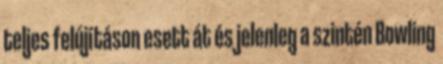
teljes felújításon esett át és jelenleg a szintén Bowling